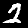
Label: 2